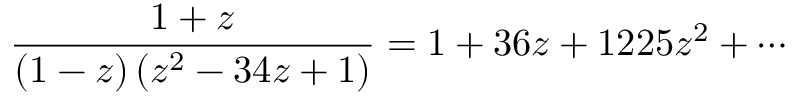
{ \frac { 1 + z } { ( 1 - z ) \left( z ^ { 2 } - 3 4 z + 1 \right) } } = 1 + 3 6 z + 1 2 2 5 z ^ { 2 } + \cdots